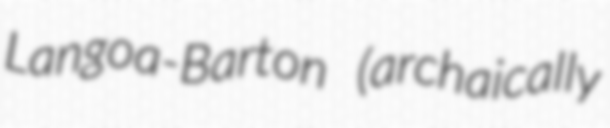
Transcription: Langoa-Barton (archaically